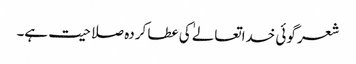
شعر گوئی خداتعالےٰ کی عطا کردہ صلاحیت ہے۔